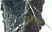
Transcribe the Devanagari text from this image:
फॉ़क्स